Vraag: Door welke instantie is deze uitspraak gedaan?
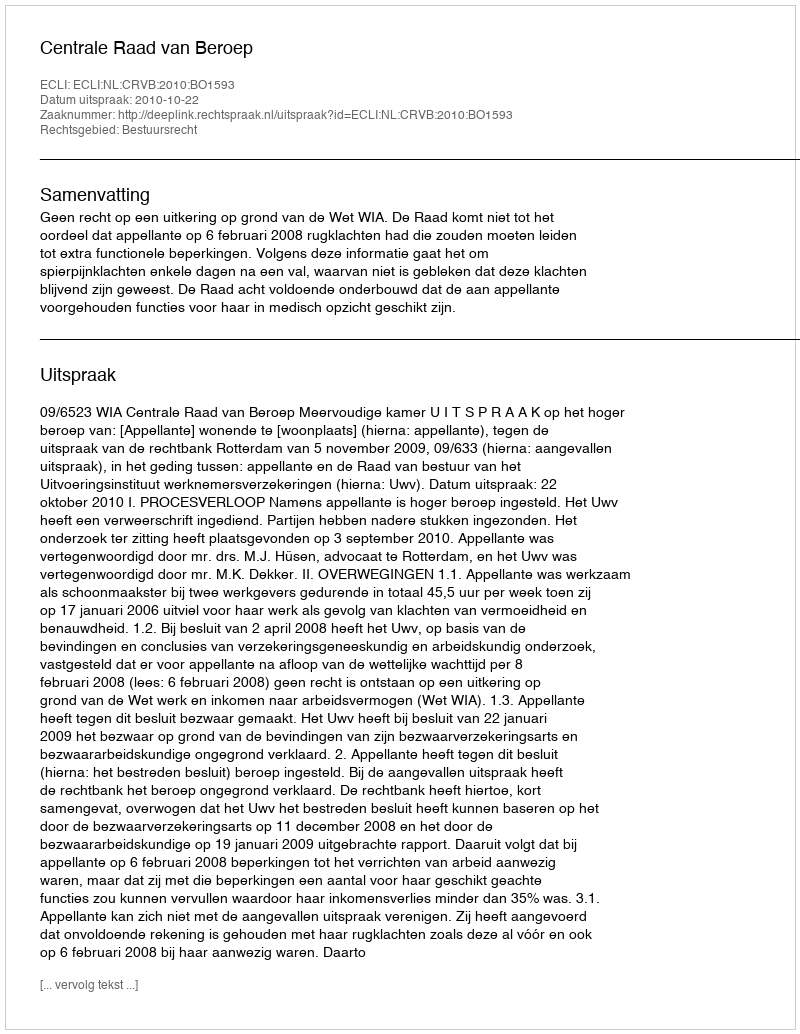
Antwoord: Centrale Raad van Beroep